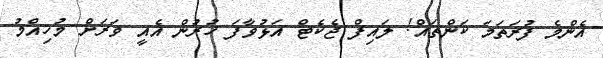
އެންމެ ފުރަތަމަ ކަންތައް! ލައިފް ޖެކެޓް އަޅުވާފަ ހުރުން އެއީ ވަރަށް މުހިއްމު